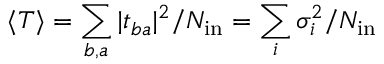
\langle T \rangle = \sum _ { b , a } | t _ { b a } | ^ { 2 } / { N _ { \mathrm { i n } } } = { \sum _ { i } \sigma _ { i } ^ { 2 } } / { N _ { \mathrm { i n } } }